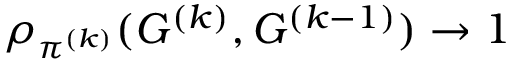
\rho _ { \pi ^ { ( k ) } } ( G ^ { ( k ) } , G ^ { ( k - 1 ) } ) \to 1